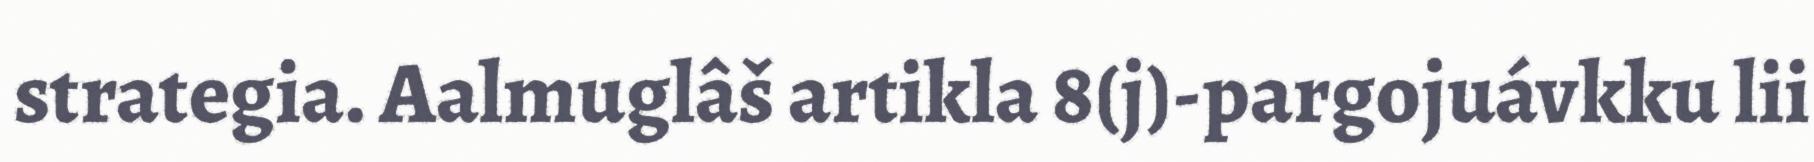
strategia. Aalmuglâš artikla 8(j)-pargojuávkku lii